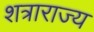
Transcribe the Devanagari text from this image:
शत्राराज्य